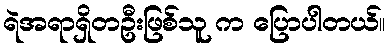
ရဲအရာရှိတဦးဖြစ်သူ က ပြောပါတယ်။